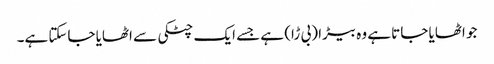
جو اٹھایا جاتا ہے وہ بیڑا (بی ڑا) ہے جسے ایک چٹکی سے اٹھایا جاسکتا ہے۔